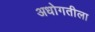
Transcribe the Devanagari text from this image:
अधोगतीला